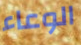
الوعاء